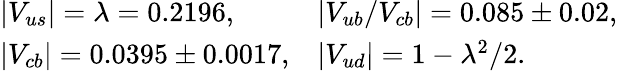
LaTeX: \begin{array}{ll}{{|V_{us}|=\lambda=0.2196,}}&{{|V_{ub}/V_{cb}|=0.085\pm 0.02,}}\\ {{|V_{cb}|=0.0395\pm 0.0017,}}&{{|V_{ud}|=1-\lambda^{2}/2.}}\end{array}